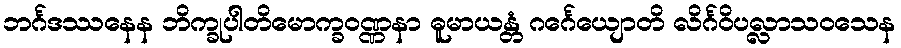
ဘင်္ဂဒဿနေန ဘိက္ခုပါတိမောက္ခဝဏ္ဏနာ ဓူမာယန္တံ ဂင်္ဂေယျောတိ လိင်္ဂဝိပလ္လာသဝသေန